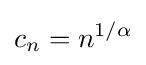
c_{n}=n^{1/\alpha }